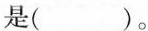
是( )。